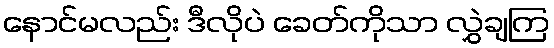
နောင်မလည်း ဒီလိုပဲ ခေတ်ကိုသာ လွှဲချကြ